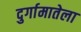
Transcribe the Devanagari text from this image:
दुर्गामातेला